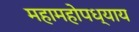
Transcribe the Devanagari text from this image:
महामहोपध्याय